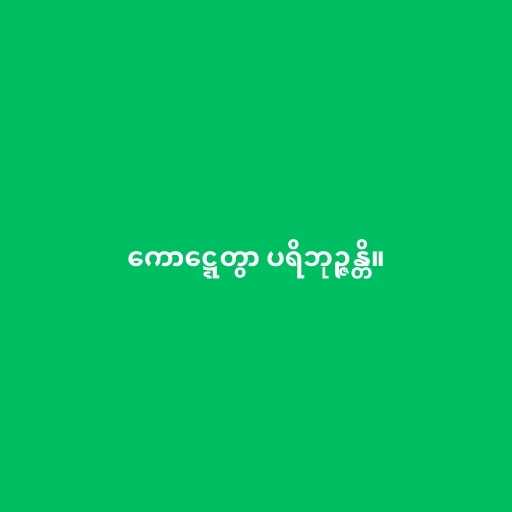
ကောဋ္ဋေတွာ ပရိဘုဉ္ဇန္တိ။